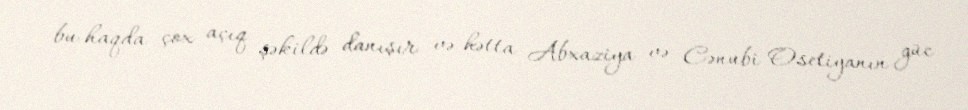
bu haqda çox açıq şəkildə danışır və hətta Abxaziya və Cənubi Osetiyanın güc